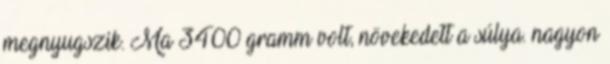
megnyugszik. Ma 3400 gramm volt, növekedett a súlya. nagyon